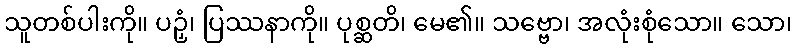
သူတစ်ပါးကို။ ပဉှံ၊ ပြဿနာကို။ ပုစ္ဆတိ၊ မေ၏။ သဗ္ဗော၊ အလုံးစုံသော။ သော၊